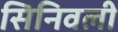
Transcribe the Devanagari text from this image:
सिनिवली